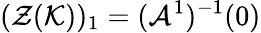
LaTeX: (\mathcal{Z}(\mathcal{K}))_{1}=(\mathcal{A}^{1})^{-1}(0)